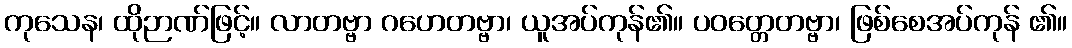
ကုသေန၊ ထိုဉာဏ်ဖြင့်။ လာတဗ္ဗာ ဂဟေတဗ္ဗာ၊ ယူအပ်ကုန်၏။ ပဝတ္တေတဗ္ဗာ၊ ဖြစ်စေအပ်ကုန် ၏။